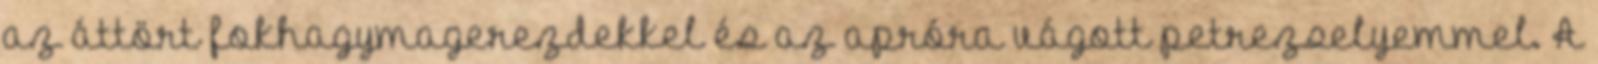
az áttört fokhagymagerezdekkel és az apróra vágott petrezselyemmel. A